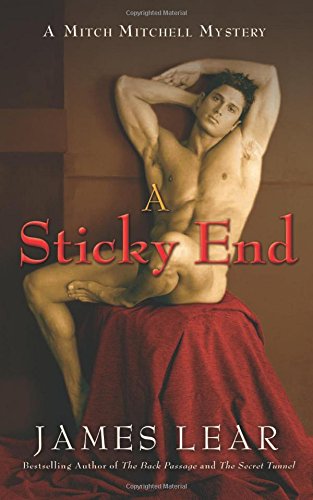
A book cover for A Sticky End: A Mitch Mitchell Mystery; James Lear; Romance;